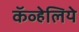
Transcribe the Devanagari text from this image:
कॅव्हेलिये